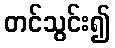
တင်သွင်း၍